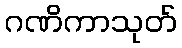
ဂဏိကာသုတ်